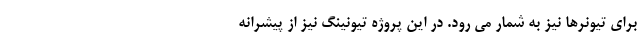
برای تیونرها نیز به شمار می رود. در این پروژه تیونینگ نیز از پیشرانه